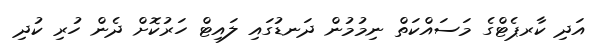
އަދި ކާރޕެޓްގެ މަސައްކަތް ނިމުމުން ދަނޑުގައި ލައިޓް ހަރުކޮށް ދެން ހުރި ކުދި